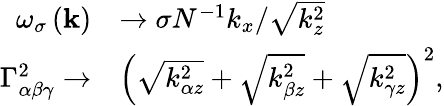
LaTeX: \begin{array}{rl}{\omega_{\sigma}\left(\mathbf{k}\right)}&{\rightarrow\sigma N^{-1}k_{x}/\sqrt{k_{z}^{2}}}\\ {\Gamma_{\alpha\beta\gamma}^{2}\rightarrow}&{\left(\sqrt{k_{\alpha z}^{2}}+\sqrt{k_{\beta z}^{2}}+\sqrt{k_{\gamma z}^{2}}\right)^{2},}\end{array}